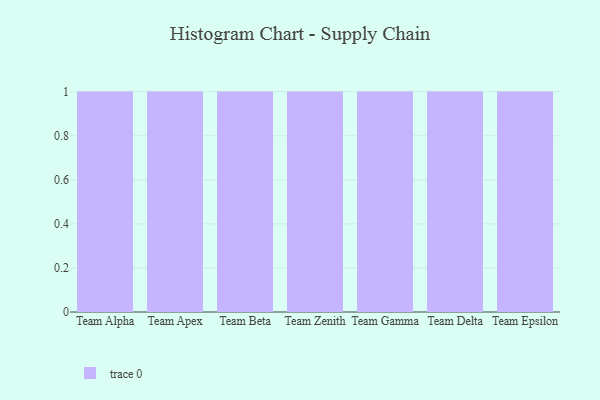
{"axis": {"x": "Team", "y": "Headcount"}, "legend": [""], "data": [{"x": "Team Alpha", "y": 19, "type": ""}, {"x": "Team Apex", "y": 54, "type": ""}, {"x": "Team Beta", "y": 57, "type": ""}, {"x": "Team Zenith", "y": 28, "type": ""}, {"x": "Team Gamma", "y": 93, "type": ""}, {"x": "Team Delta", "y": 69, "type": ""}, {"x": "Team Epsilon", "y": 24, "type": ""}]}